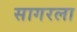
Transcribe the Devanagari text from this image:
सागरला